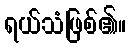
ရယ်သံဖြစ်၏။